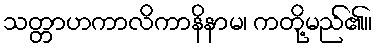
သတ္တာဟကာလိကာနိနာမ၊ ကတို့မည်၏။